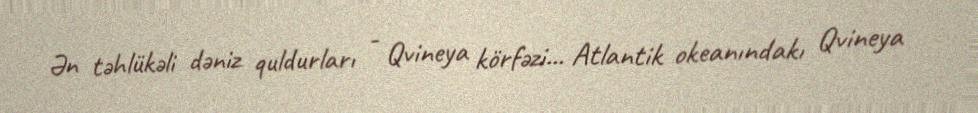
Ən təhlükəli dəniz quldurları - Qvineya körfəzi... Atlantik okeanındakı Qvineya